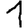
Digit: 1